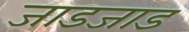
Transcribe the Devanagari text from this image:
जाडजाड